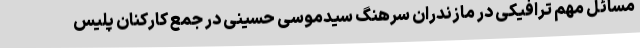
مسائل مهم ترافیکی در مازندران سرهنگ سیدموسی حسینی در جمع کارکنان پلیس